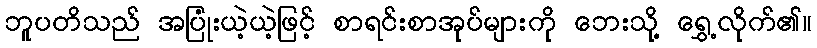
ဘူပတိသည် အပြုံးယဲ့ယဲ့ဖြင့် စာရင်းစာအုပ်များကို ဘေးသို့ ရွှေ့လိုက်၏။